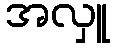
အလှူ